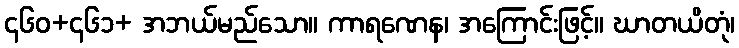
၄၆၀+၄၆၁+ အဘယ်မည်သော။ ကာရဏေန၊ အကြောင်းဖြင့်။ ဃာတယိတုံ၊